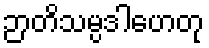
ဉာတိသမ္ပဒါဟေတု